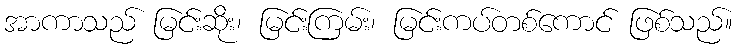
အာကာသည် မြင်းဆိုး၊ မြင်းကြမ်း၊ မြင်းကပ်တစ်ကောင် ဖြစ်သည်။